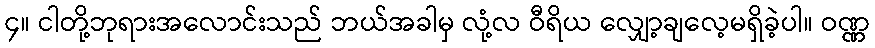
၄။ ငါတို့ဘုရားအလောင်းသည် ဘယ်အခါမှ လုံ့လ ဝီရိယ လျှော့ချလေ့မရှိခဲ့ပါ။ ဝဏ္ဏ